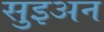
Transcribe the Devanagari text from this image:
सुइअन